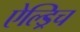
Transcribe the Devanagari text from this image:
ऐल्ड्रिच